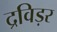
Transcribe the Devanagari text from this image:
द्रविड़र